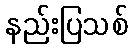
နည်းပြသစ်